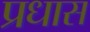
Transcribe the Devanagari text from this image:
प्रधास